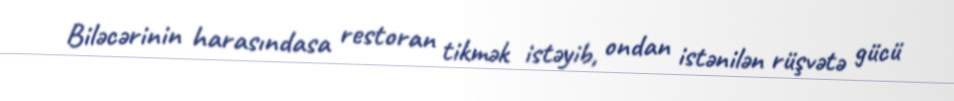
Biləcərinin harasındasa restoran tikmək istəyib, ondan istənilən rüşvətə gücü